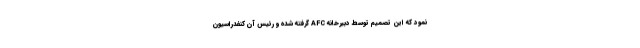
نمود که این تصمیم توسط دبیرخانه AFC گرفته شده و رئیس آن کنفدراسیون